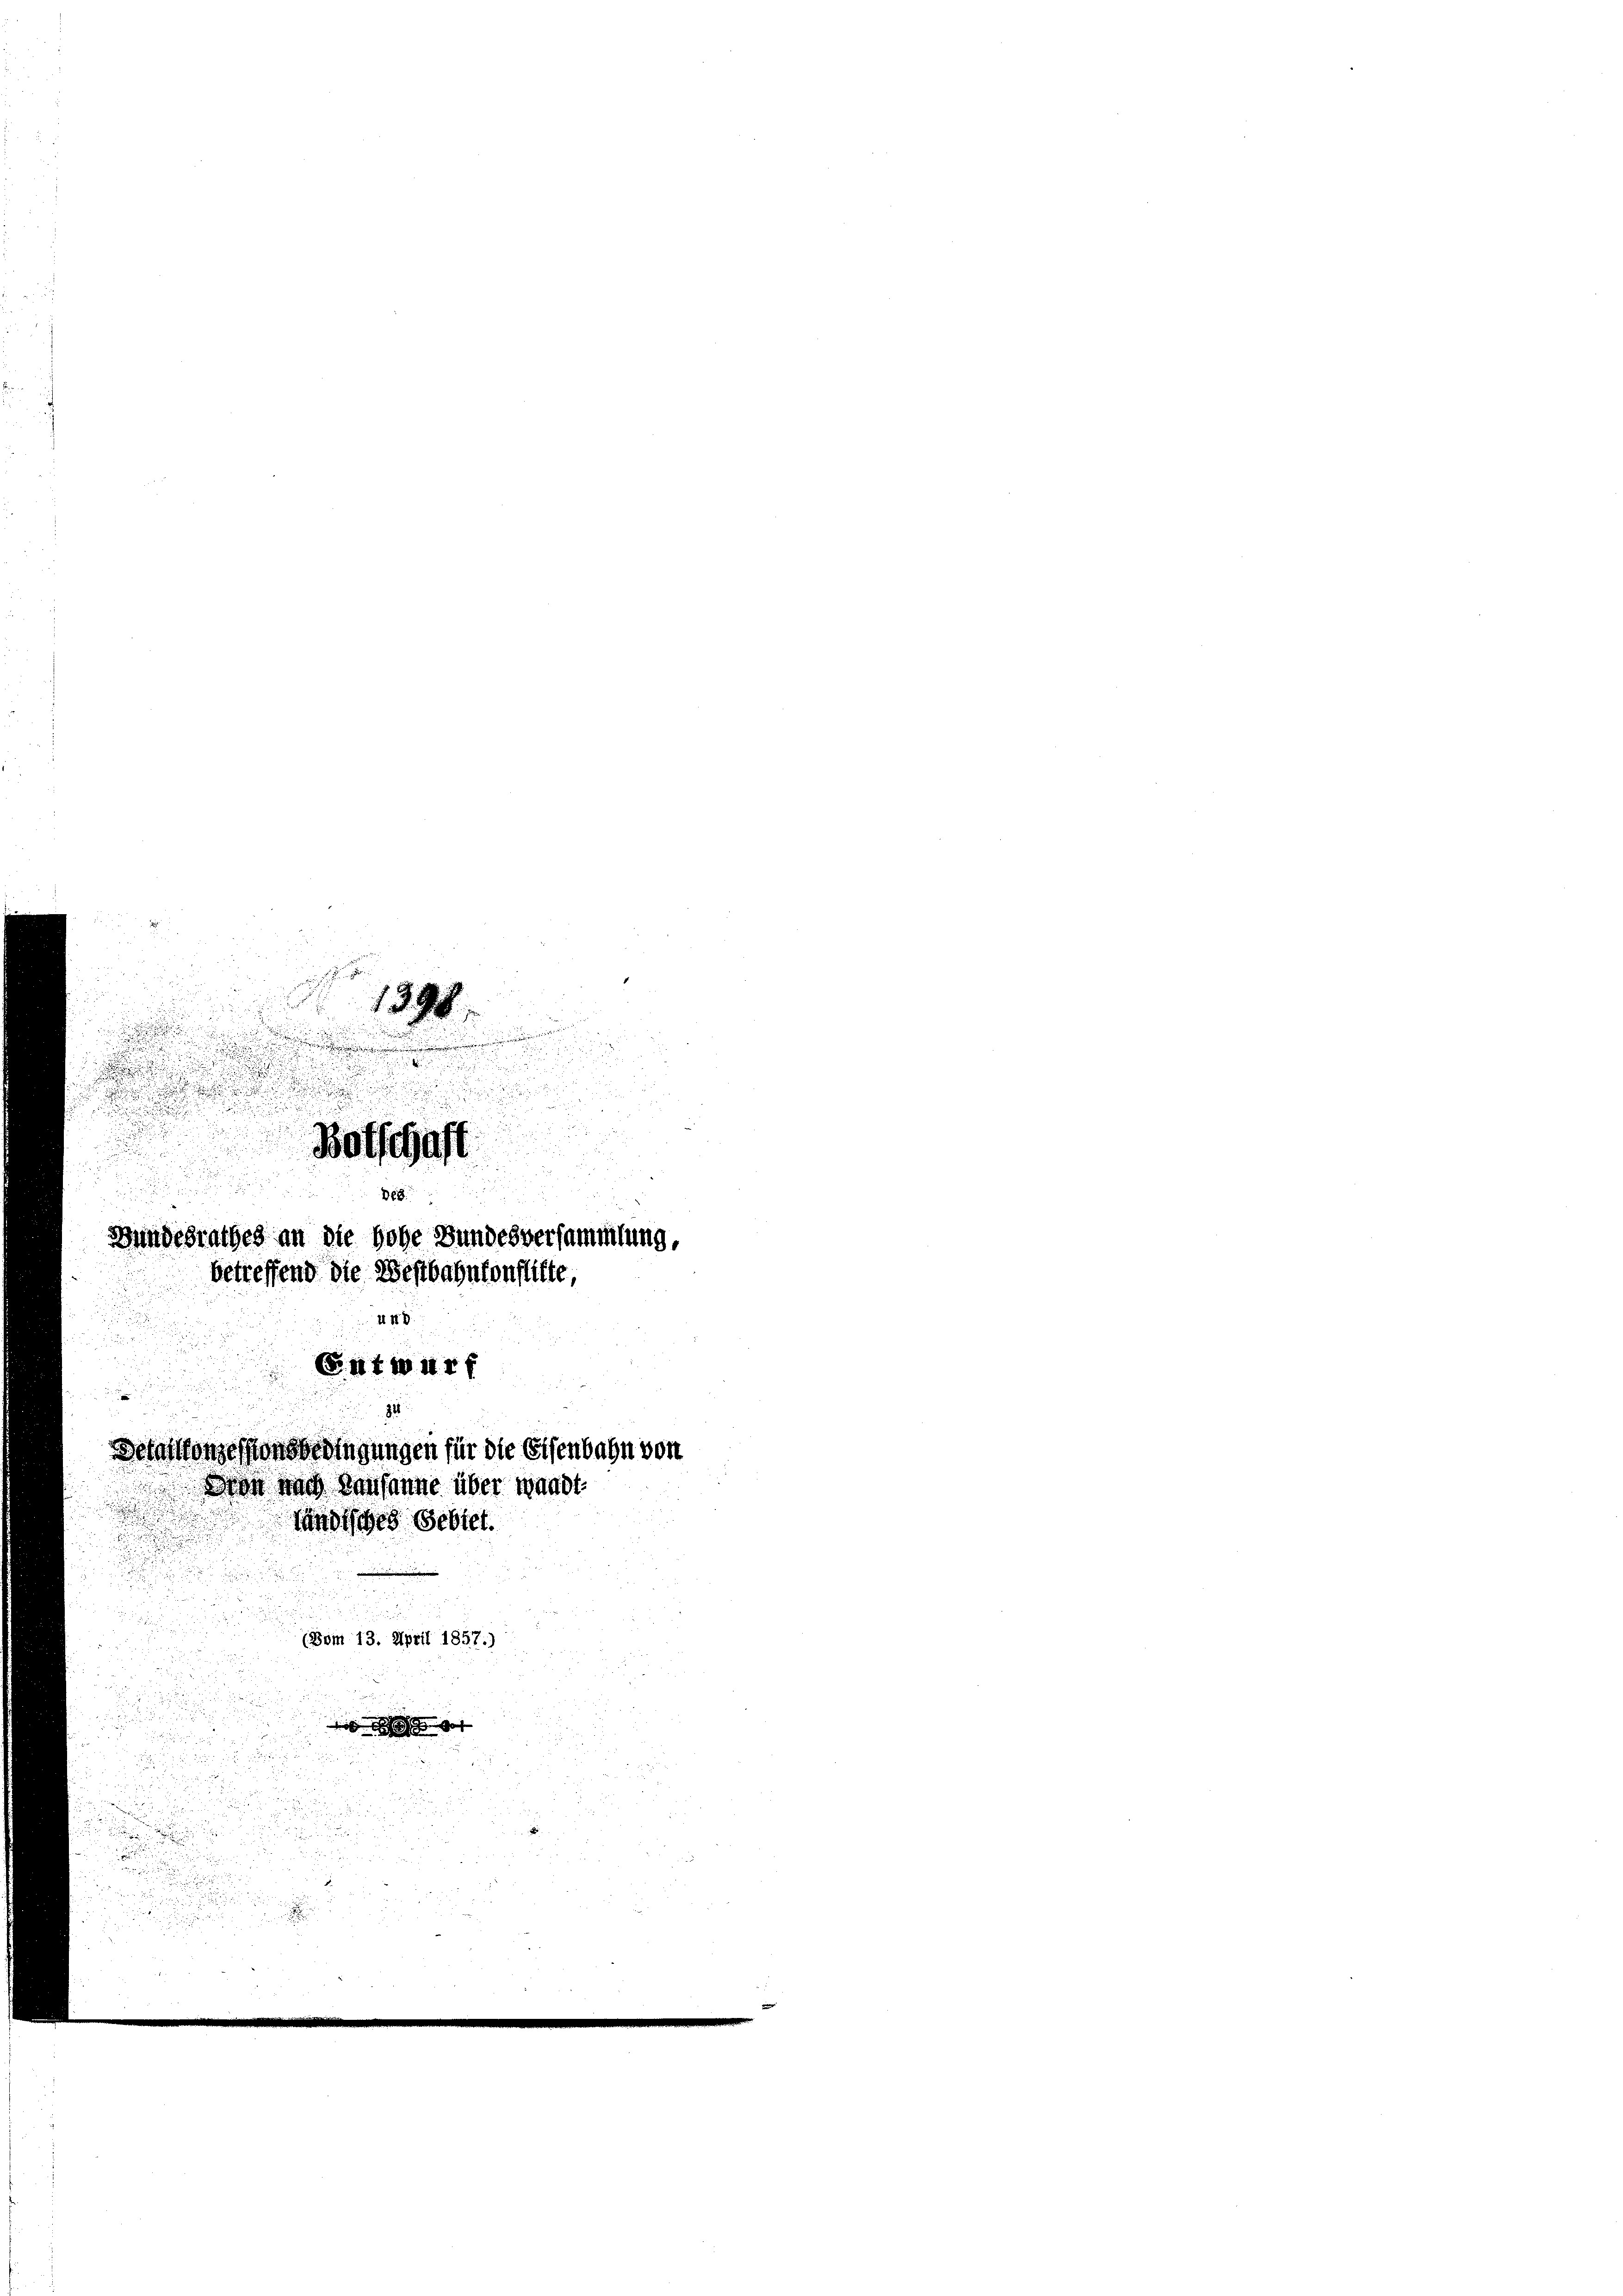
.
Botschaft
2
De8
Bundesrathes an die hohe Bundesversammlung,
betreffend die Westbahnkonflikte,
448

Entwurf

1398.

.

B
.

e

1

(Vom 13. April 1857.)

.

2

Detaionzessionsbedingungen für die Eisenbahn von
Dran nach Hausanne über wandt
g
Kandisches Gebiet.

get